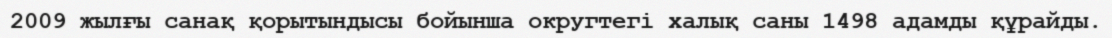
2009 жылғы санақ қорытындысы бойынша округтегі халық саны 1498 адамды құрайды.